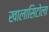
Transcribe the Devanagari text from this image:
खालासिटोला